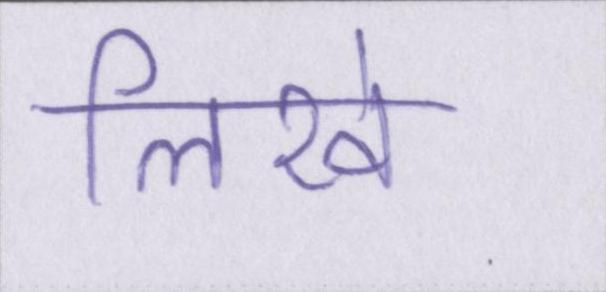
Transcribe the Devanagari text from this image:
लिखे